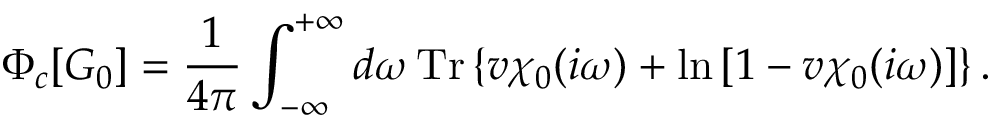
\Phi _ { c } [ G _ { 0 } ] = \frac { 1 } { 4 \pi } \int _ { - \infty } ^ { + \infty } d \omega \, \mathrm { T r } \left\{ v \chi _ { 0 } ( i \omega ) + \mathrm { l n } \left[ 1 - v \chi _ { 0 } ( i \omega ) \right] \right\} .